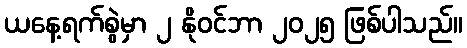
ယနေ့ရက်စွဲမှာ ၂ နိုဝင်ဘာ ၂၀၂၅ ဖြစ်ပါသည်။